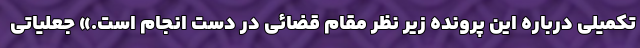
تکمیلی درباره این پرونده زیر نظر مقام قضائی در دست انجام است.» جعلیاتی